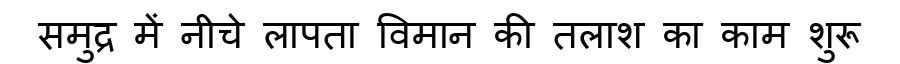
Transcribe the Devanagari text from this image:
समुद्र में नीचे लापता विमान की तलाश का काम शुरू